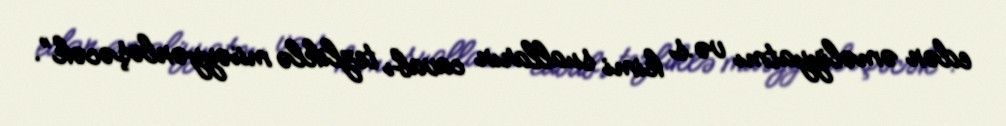
edən əməliyyatmı və.s kimi sualların cavabı tezliklə müəyyənləşəcək”.